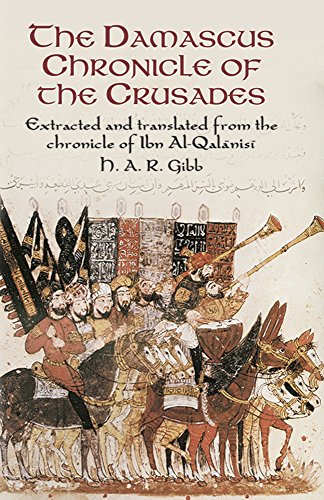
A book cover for The Damascus Chronicle of the Crusades: Extracted and Translated from the Chronicle of Ibn Al-Qalanisi; H. A. R. Gibb; History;